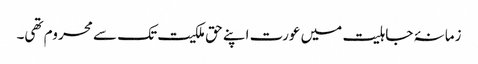
زمانۂ جاہلیت میں عورت اپنے حق ملکیت تک سے محروم تھی۔